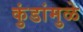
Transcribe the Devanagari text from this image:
कुंडांमुळे